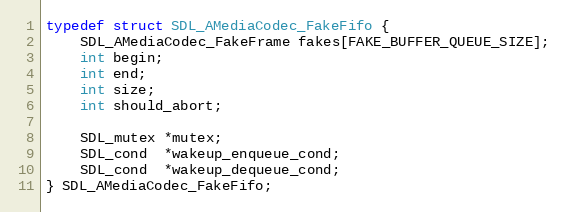
Language: C
typedef struct SDL_AMediaCodec_FakeFifo {
    SDL_AMediaCodec_FakeFrame fakes[FAKE_BUFFER_QUEUE_SIZE];
    int begin;
    int end;
    int size;
    int should_abort;

    SDL_mutex *mutex;
    SDL_cond  *wakeup_enqueue_cond;
    SDL_cond  *wakeup_dequeue_cond;
} SDL_AMediaCodec_FakeFifo;